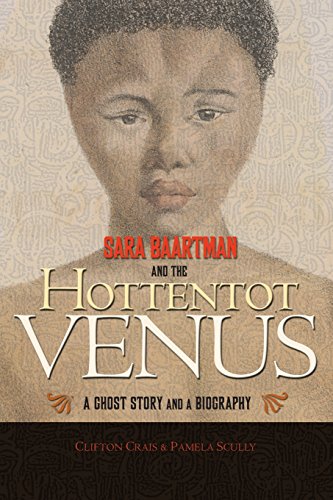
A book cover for Sara Baartman and the Hottentot Venus: A Ghost Story and a Biography; Clifton Crais; Biographies & Memoirs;